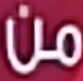
من